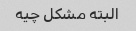
البته مشکل چیه